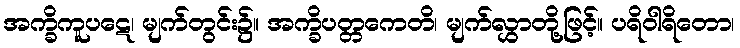
အက္ခိကူပဋေ၊ မျက်တွင်း၌။ အက္ခိပတ္တကေတိ၊ မျက်လွှာတို့ဖြင့်။ ပရိဝါရိတော၊